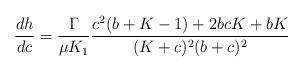
LaTeX: \begin{align*}\frac{dh}{dc}&=\frac{\Gamma}{\mu K_1}\frac{c^2(b+K-1)+2bcK+bK}{(K+c)^2(b+c)^2}\end{align*}